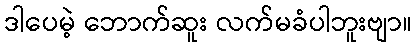
ဒါပေမဲ့ ဘောက်ဆူး လက်မခံပါဘူးဗျာ။